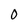
Character: 0